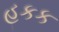
હકક